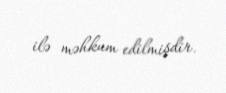
ilə məhkum edilmişdir.